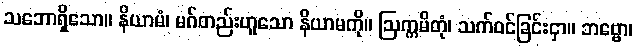
သဘောရှိသော။ နိယာမံ၊ မဂ်တည်းဟူသော နိယာမကို။ ဩက္ကမိတုံ၊ သက်ဝင်ခြင်းငှာ။ ဘဗ္ဗော၊